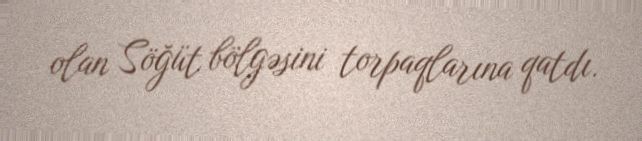
olan Söğüt bölgəsini torpaqlarına qatdı.